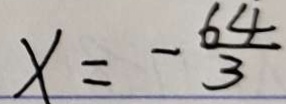
x = - \frac { 6 4 } { 3 }